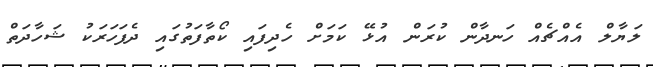
ލަޔާލް އެއްޗެއް ހަނދާން ކުރަން އުޅޭ ކަމަށް ހެދިފައި ކޯތާފަތުގައި ދެފަހަރަކު ޝަހާދަތް